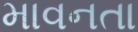
માવનતા